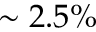
\sim 2 . 5 \%